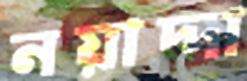
নয়াদ্দা